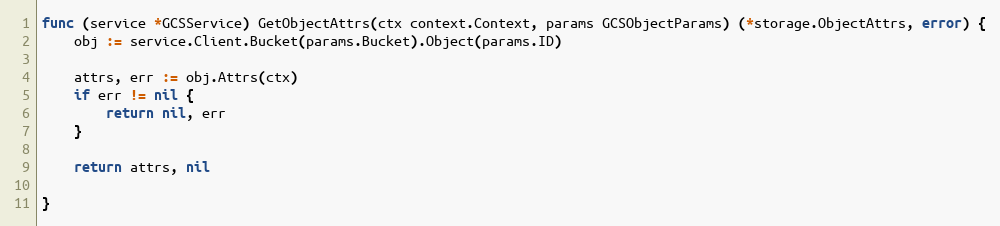
Language: Go
func (service *GCSService) GetObjectAttrs(ctx context.Context, params GCSObjectParams) (*storage.ObjectAttrs, error) {
	obj := service.Client.Bucket(params.Bucket).Object(params.ID)

	attrs, err := obj.Attrs(ctx)
	if err != nil {
		return nil, err
	}

	return attrs, nil

}